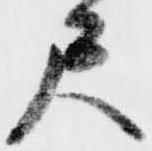
尺